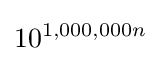
10^{1,000,000n}